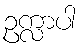
ဥက္လာပါ